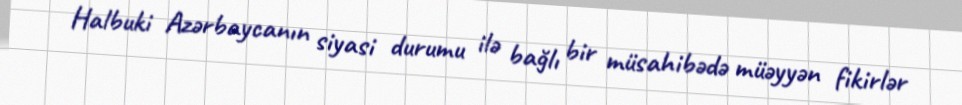
Halbuki Azərbaycanın siyasi durumu ilə bağlı bir müsahibədə müəyyən fikirlər